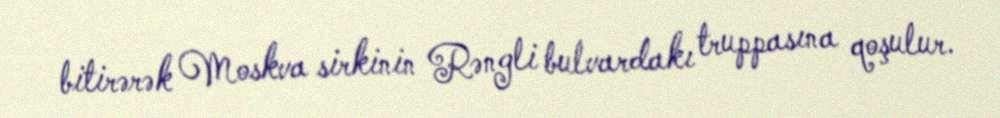
bitirərək Moskva sirkinin Rəngli bulvardakı truppasına qoşulur.